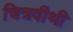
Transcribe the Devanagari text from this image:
चित्रवीथी